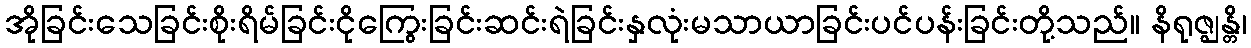
အိုခြင်းသေခြင်းစိုးရိမ်ခြင်းငိုကြွေးခြင်းဆင်းရဲခြင်းနှလုံးမသာယာခြင်းပင်ပန်းခြင်းတို့သည်။ နိရုဇ္ဈန္တိ၊